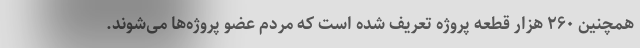
همچنین ۲۶۰ هزار قطعه پروژه تعریف شده است که مردم عضو پروژه‌ها می‌شوند.